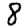
Digit: 8